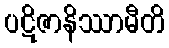
ပဋိဇာနိဿာမီတိ